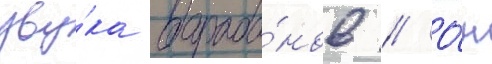
зву́ка бараба́нов // О́н